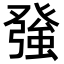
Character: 𭽅